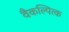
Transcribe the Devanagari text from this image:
वैकल्पित्क